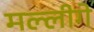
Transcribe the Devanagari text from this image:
मल्लीगे